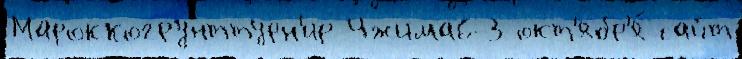
Мароккогрунттурн'ир Чжима6-3 окт'ябр'я́ сайт